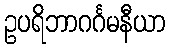
ဥပရိဘာဂင်္ဂမနီယာ